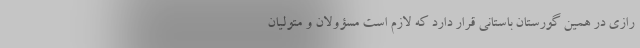
رازی در همین گورستان باستانی قرار دارد که لازم است مسؤولان و متولیان